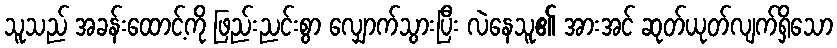
သူသည် အခန်းထောင့်ကို ဖြည်းညင်းစွာ လျှောက်သွားပြီး လဲနေသူ၏ အားအင် ဆုတ်ယုတ်လျက်ရှိသော